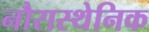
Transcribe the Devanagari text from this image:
नौरास्थेनिक